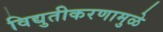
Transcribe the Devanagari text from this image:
विद्युतीकरणामुळे